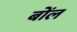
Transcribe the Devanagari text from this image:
बोंल